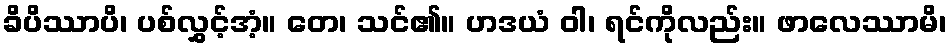
ခိပိဿာပိ၊ ပစ်လွှင့်အံ့။ တေ၊ သင်၏။ ဟဒယံ ဝါ၊ ရင်ကိုလည်း။ ဖာလေဿာမိ၊